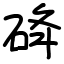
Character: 䂫